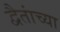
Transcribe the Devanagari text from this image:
द्वैतांच्या